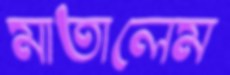
মাতালেম